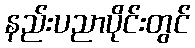
နည်းပညာပိုင်းတွင်